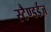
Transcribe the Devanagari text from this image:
स्टैण्डर्डज़